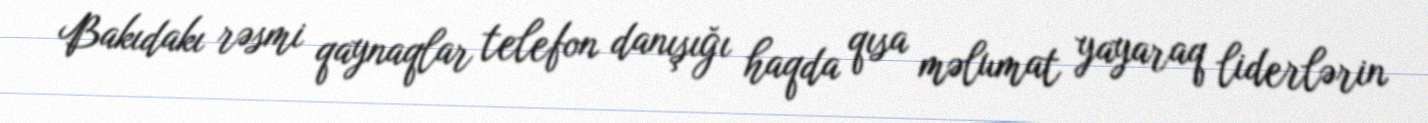
Bakıdakı rəsmi qaynaqlar telefon danışığı haqda qısa məlumat yayaraq liderlərin